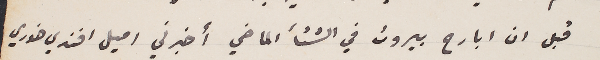
قبل ان ابارح بيروت في الشتأ الماضي أخبرني اميل افندي خوري